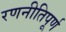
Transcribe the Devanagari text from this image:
रणनीतिपूर्ण